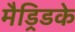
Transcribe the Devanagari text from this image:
मैड्रिडके